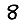
Digit: 8